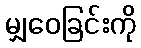
မျှဝေခြင်းကို